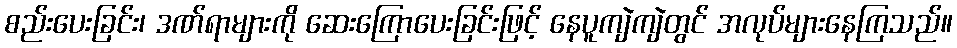
စည်းပေးခြင်း၊ ဒဏ်ရာများကို ဆေးကြောပေးခြင်းဖြင့် နေပူကျဲကျဲတွင် အလုပ်များနေကြသည်။